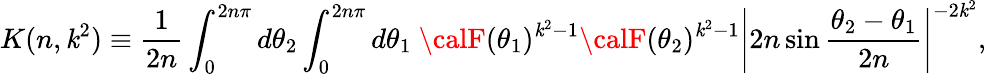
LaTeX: K(n,\mathit{k}^{2})\equiv\frac{{1}}{{2n}}\int_{0}^{2n\pi}d\theta_{2}\int_{0}^{2n\pi}d\theta_{1}~{\calF}(\theta_{1})^{\mathit{k}^{2}-1}{\calF}(\theta_{2})^{\mathit{k}^{2}-1}\left|2n\sin\frac{{\theta_{2}-\theta_{1}}}{{2n}}\right|^{-2\mathit{k}^{2}},